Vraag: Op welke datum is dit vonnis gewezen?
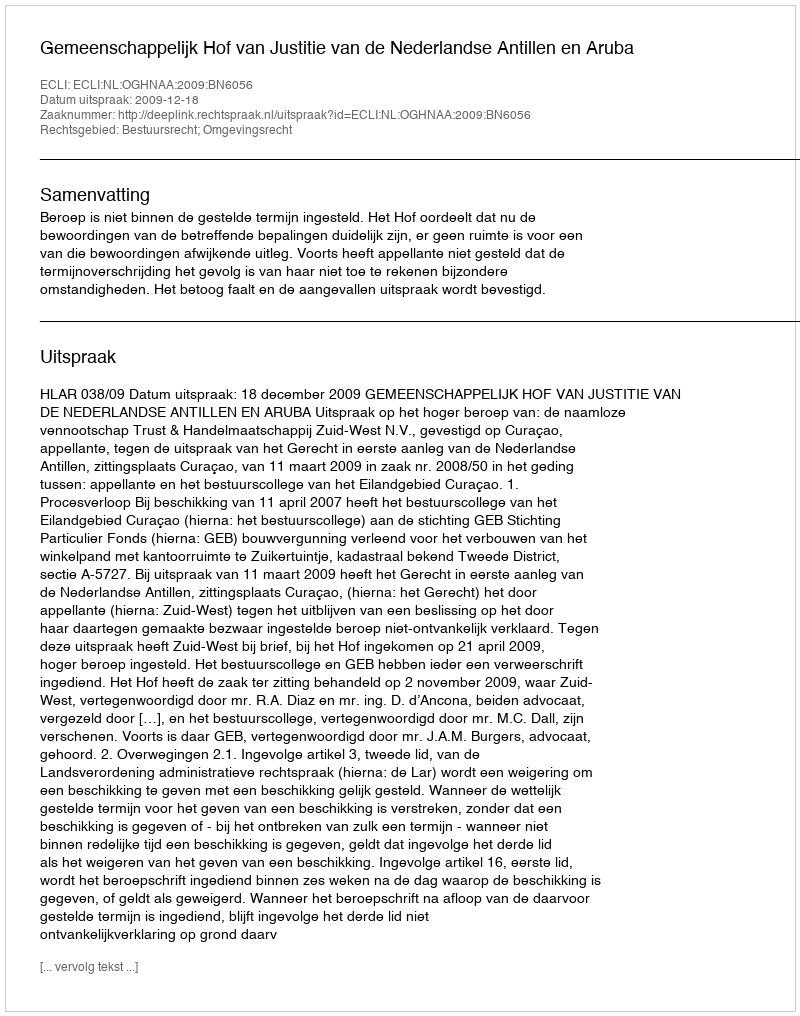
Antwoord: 2009-12-18